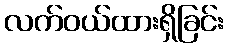
လက်ဝယ်ထားရှိခြင်း